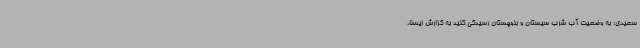
سعیدی: به وضعیت آب شرب سیستان و بلوچستان رسیدگی کنید به گزارش ایسنا،